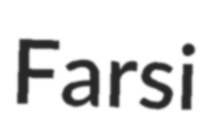
Farsi